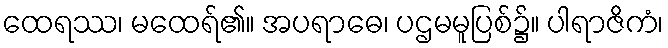
ထေရဿ၊ မထေရ်၏။ အပရာဓေ၊ ပဌမမူပြစ်၌။ ပါရာဇိကံ၊